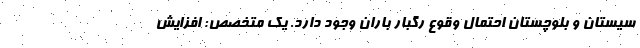
سیستان و بلوچستان احتمال وقوع رگبار باران وجود دارد. یک متخصص: افزایش